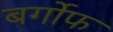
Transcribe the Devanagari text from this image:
बर्गोफ